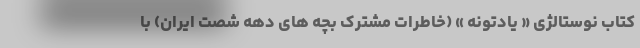
کتاب نوستالژی « یادتونه » (خاطرات مشترک بچه های دهه شصت ایران) با